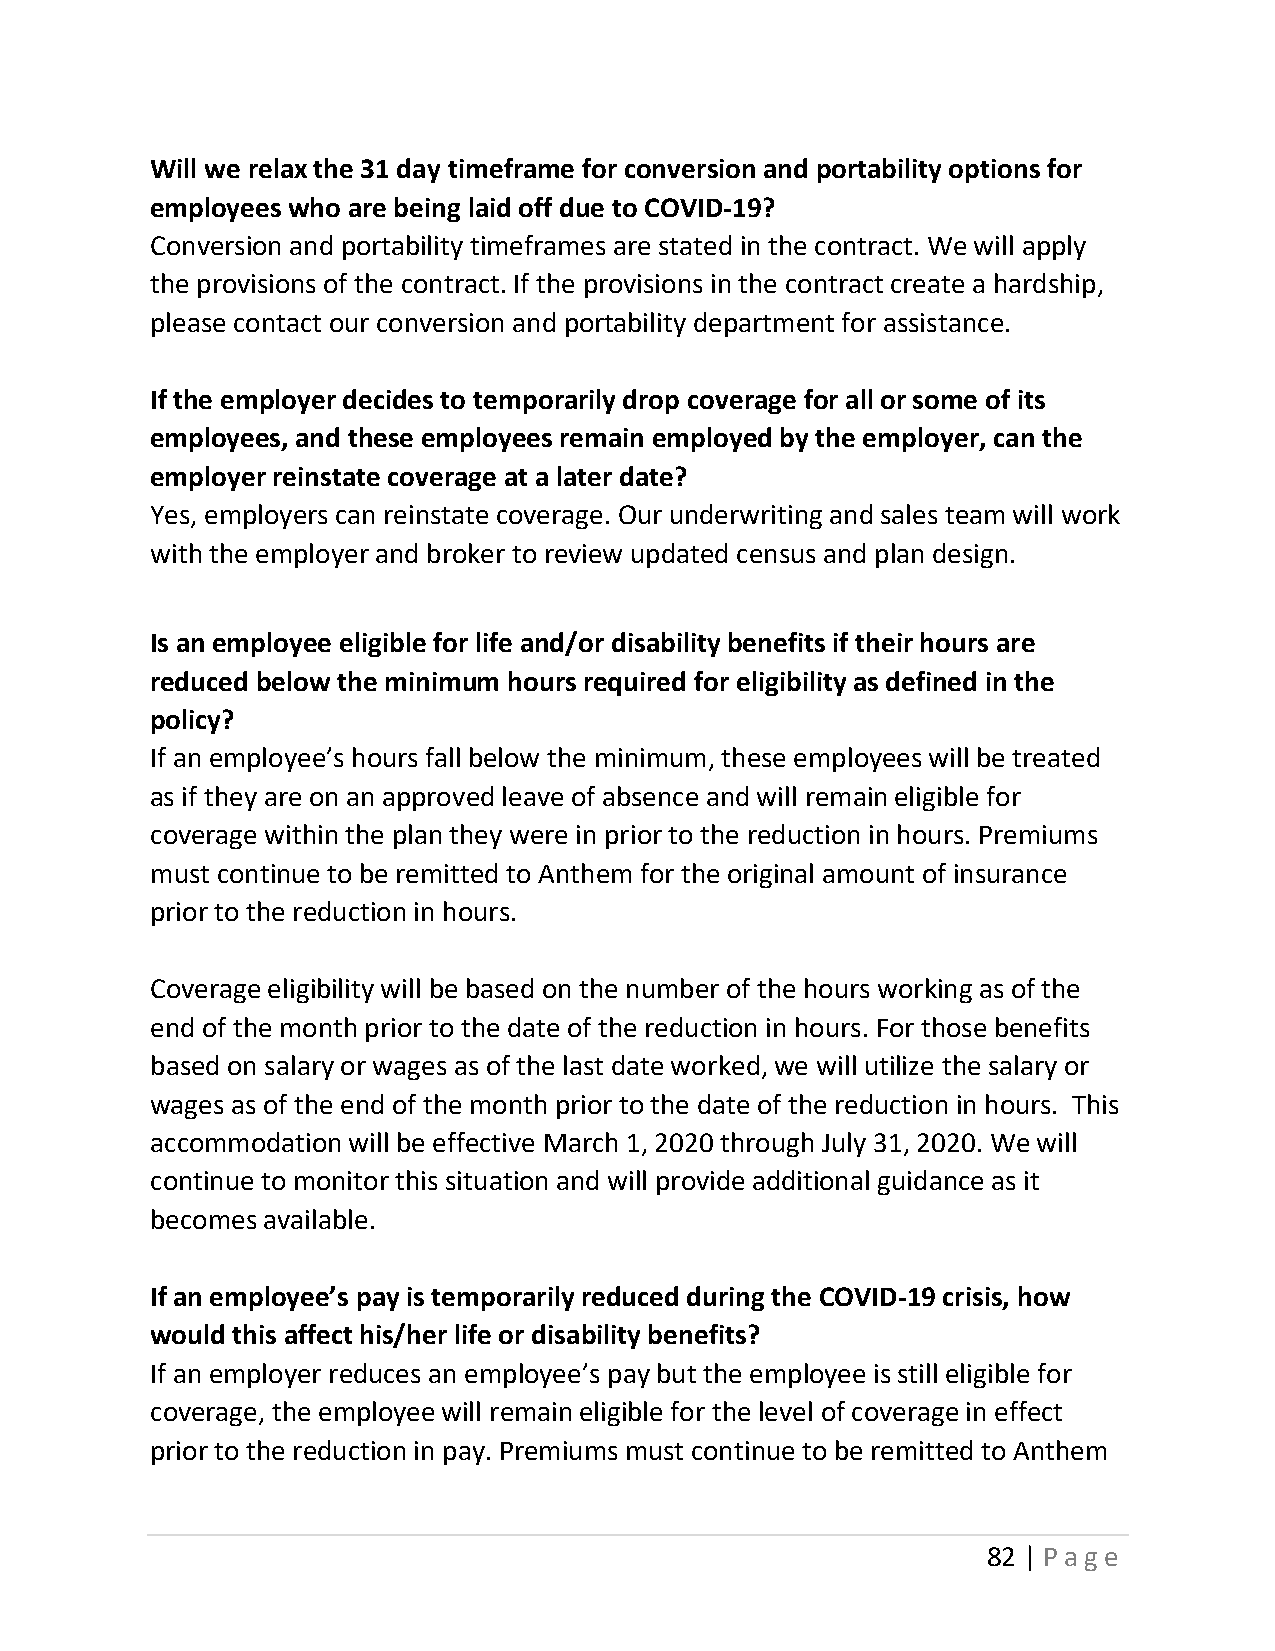
Will we relax the 31 day timeframe for conversion and portability options for
 employees who are being laid off due to COVID-19?
 Conversion and portability timeframes are stated in the contract. We will apply
 the provisions of the contract. If the provisions in the contract create a hardship,
 please contact our conversion and portability department for assistance.
 If the employer decides to temporarily drop coverage for all or some of its
 employees, and these employees remain employed by the employer, can the
 employer reinstate coverage at a later date?
 Yes, employers can reinstate coverage. Our underwriting and sales team will work
 with the employer and broker to review updated census and plan design.
 Is an employee eligible for life and/or disability benefits if their hours are
 reduced below the minimum hours required for eligibility as defined in the
 policy?
 If an employee’s hours fall below the minimum, these employees will be treated
 as if they are on an approved leave of absence and will remain eligible for
 coverage within the plan they were in prior to the reduction in hours. Premiums
 must continue to be remitted to Anthem for the original amount of insurance
 prior to the reduction in hours.
 Coverage eligibility will be based on the number of the hours working as of the
 end of the month prior to the date of the reduction in hours. For those benefits
 based on salary or wages as of the last date worked, we will utilize the salary or
 wages as of the end of the month prior to the date of the reduction in hours. This
 accommodation will be effective March 1, 2020 through July 31, 2020. We will
 continue to monitor this situation and will provide additional guidance as it
 becomes available.
 If an employee’s pay is temporarily reduced during the COVID-19 crisis, how
 would this affect his/her life or disability benefits?
 If an employer reduces an employee’s pay but the employee is still eligible for
 coverage, the employee will remain eligible for the level of coverage in effect
 prior to the reduction in pay. Premiums must continue to be remitted to Anthem
 82 | Page